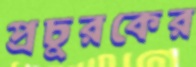
প্রচুরকের